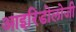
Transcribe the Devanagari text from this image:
आइरिडोलोजी